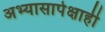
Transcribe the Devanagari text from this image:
अभ्यासापेक्षाही